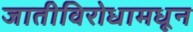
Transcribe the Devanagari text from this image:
जातीविरोधामधून